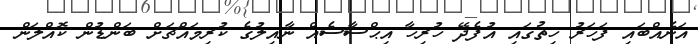
އަނެއްބައި ފަހަރު ހިތުގައި އުފެދޭ ހުރިހާ އިޙްސާސެއް ނާއިލުގެ ކުރިމައްޗަށް ބަންޑުން ކޮއްލަން